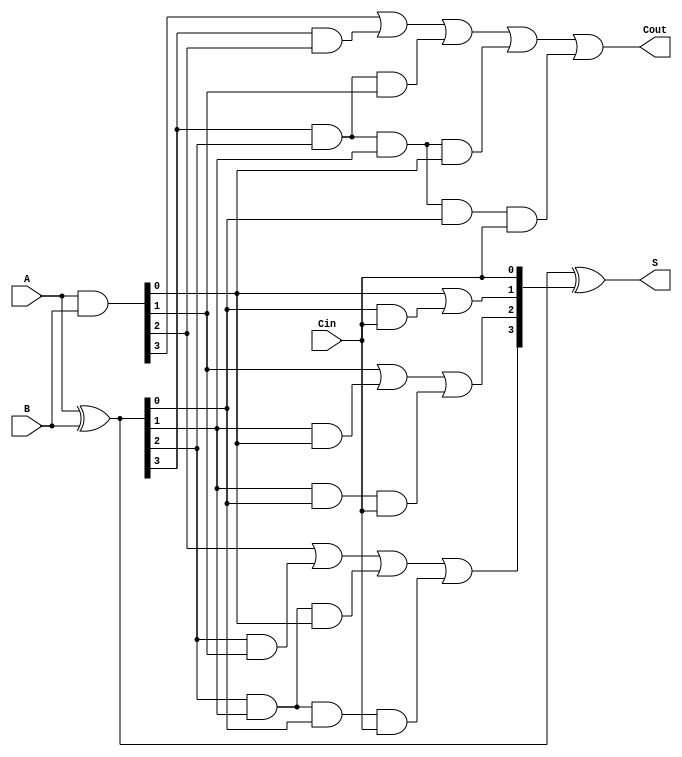
`timescale 1ns / 1ps
//////////////////////////////////////////////////////////////////////////////////
// Company: 
// Engineer: 
// 
// Design Name: 
// Module Name:    CLA 
// Project Name: 
// Target Devices: 
// Tool versions: 
// Description: 
//
// Dependencies: 
//
// Revision: 
// Revision 0.01 - File Created
// Additional Comments: 
//
//////////////////////////////////////////////////////////////////////////////////
module carry_look_ahead(
    input [3:0] A,B,
    input Cin,
	 output [3:0] S,
	 output Cout
    );
    wire [3:0] G,P,C;
 
    assign G = A & B; //Generate
    assign P = A ^ B; //Propagate
    assign C[0] = Cin;
    assign C[1] = G[0] | (P[0] & C[0]);
    assign C[2] = G[1] | (P[1] & G[0]) | (P[1] & P[0] & C[0]);
    assign C[3] = G[2] | (P[2] & G[1]) | (P[2] & P[1] & G[0]) | (P[2] & P[1] & P[0] & C[0]);
    assign Cout = G[3] | (P[3] & G[2]) | (P[3] & P[2] & G[1]) | (P[3] & P[2] & P[1] & G[0]) |(P[3] & P[2] & P[1] & P[0] & C[0]);
    assign S = P ^ C;
    
endmodule